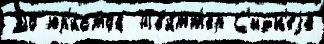
До юр'и́стов Тв'и́тт'ер С'идн'еjе